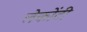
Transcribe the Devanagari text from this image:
लेकोंटी